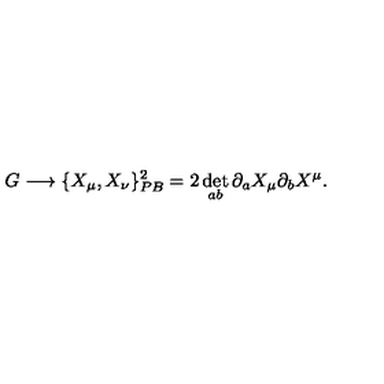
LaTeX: G \longrightarrow \{ X _ { \mu } , X _ { \nu } \} _ { P B } ^ { 2 } = 2 \det _ { a b } \partial _ { a } X _ { \mu } \partial _ { b } X ^ { \mu } .